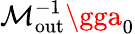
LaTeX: \mathcal{M}_{\mathrm{{out}}}^{-1}\gga_{0}